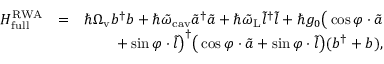
\begin{array} { r l r } { H _ { \mathrm { f u l l } } ^ { \mathrm { R W A } } } & { = } & { \hbar \Omega _ { \mathrm { v } } b ^ { \dagger } b + \hbar \tilde { \omega } _ { \mathrm { c a v } } \tilde { a } ^ { \dagger } \tilde { a } + \hbar \tilde { \omega } _ { \mathrm { L } } \tilde { l } ^ { \dagger } \tilde { l } + \hbar g _ { 0 } \big ( \cos \varphi \cdot \tilde { a } } \\ & { } & { + \sin \varphi \cdot \tilde { l } \big ) ^ { \dagger } \big ( \cos \varphi \cdot \tilde { a } + \sin \varphi \cdot \tilde { l } \big ) ( b ^ { \dagger } + b ) , } \end{array}